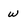
Character: w